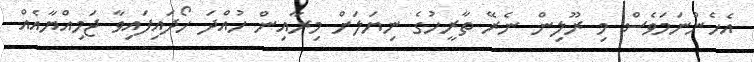
އެހެންނަމަވެސް މި ރޫލިން ނެރޭ ތާރީހުގެ ނިޔަލަށް މިރާއިން ހުއްދަ ހޯދައިފައިވާ ޖަމިއްޔާއެއް